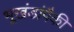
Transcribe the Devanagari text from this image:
भूखंडांपैकी